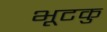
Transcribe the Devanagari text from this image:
भूटकु